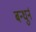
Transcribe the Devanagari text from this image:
बन्धुर्न